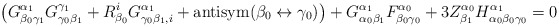
\begin{align*}\bigr(G^{\alpha_1}_{\beta_0 \gamma_1} G^{\gamma_1}_{\gamma_0 \beta_1} +R^i_{\beta_0} G^{\alpha_1}_{\gamma_0 \beta_1, i} +\hbox{antisym}(\beta_0 \leftrightarrow \gamma_0) \bigr) +G^{\alpha_1}_{\alpha_0 \beta_1} F^{\alpha_0}_{\beta_0 \gamma_0} +3 Z^{\alpha_0}_{\beta_1} H^{\alpha_1}_{\alpha_0 \beta_0 \gamma_0} = 0\end{align*}